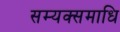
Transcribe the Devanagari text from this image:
सम्यक्समाधि